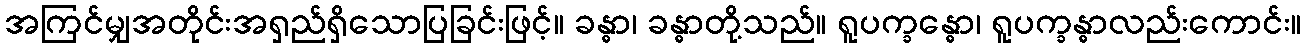
အကြင်မျှအတိုင်းအရှည်ရှိသောပြခြင်းဖြင့်။ ခန္ဓာ၊ ခန္ဓာတို့သည်။ ရူပက္ခန္ဓော၊ ရူပက္ခန္ဓာလည်းကောင်း။